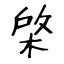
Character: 棨